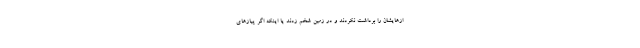
ازهایشان را برداشت نکردند و در زمین شخم زدند یا اینکه اگر پیازهای